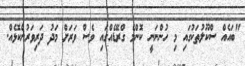
"ބައެއް ސްކޫލުތަކުގައި މި ހުންނަނީ ކޮންމެ ގްރޭޑެއްގައި ވެސް ވަރަށް މަދު ދަރިވަރުންކޮޅެއް.